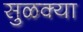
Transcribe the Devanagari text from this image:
सुळक्या